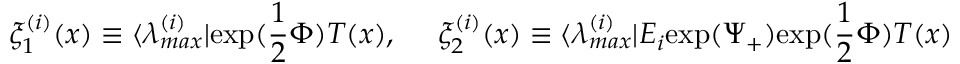
\xi _ { 1 } ^ { ( i ) } ( x ) \equiv \langle \lambda _ { m a x } ^ { ( i ) } | \mathrm { e x p ( } \frac { 1 } { 2 } \Phi ) T ( x ) , { } ~ ~ ~ ~ \xi _ { 2 } ^ { ( i ) } ( x ) \equiv \langle \lambda _ { m a x } ^ { ( i ) } | E _ { i } \mathrm { e x p ( } \Psi _ { + } ) \mathrm { e x p ( } \frac { 1 } { 2 } \Phi ) T ( x )